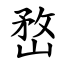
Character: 嵍